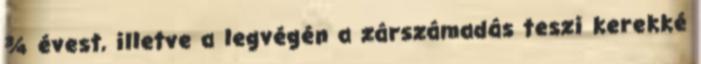
¾ évest, illetve a legvégén a zárszámadás teszi kerekké